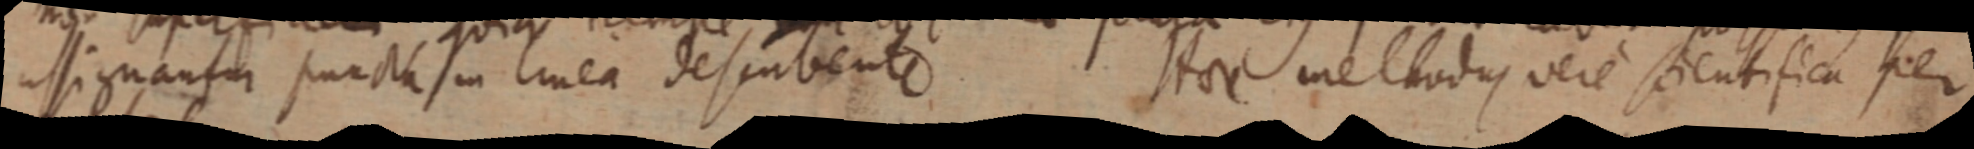
assignantur puncta in linea describente. Hoc methodus vere scientifica per